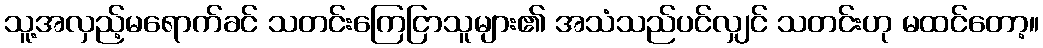
သူ့အလှည့်မရောက်ခင် သတင်းကြေငြာသူများ၏ အသံသည်ပင်လျှင် သတင်းဟု မထင်တော့။